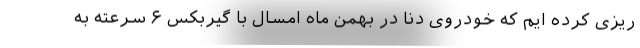
ریزی کرده ایم که خودروی دنا در بهمن ماه امسال با گیربکس ۶ سرعته به